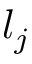
l _ { j }